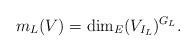
LaTeX: \begin{align*}m_L(V)=\mathrm{dim}_E (V_{I_L})^{G_L} .\end{align*}